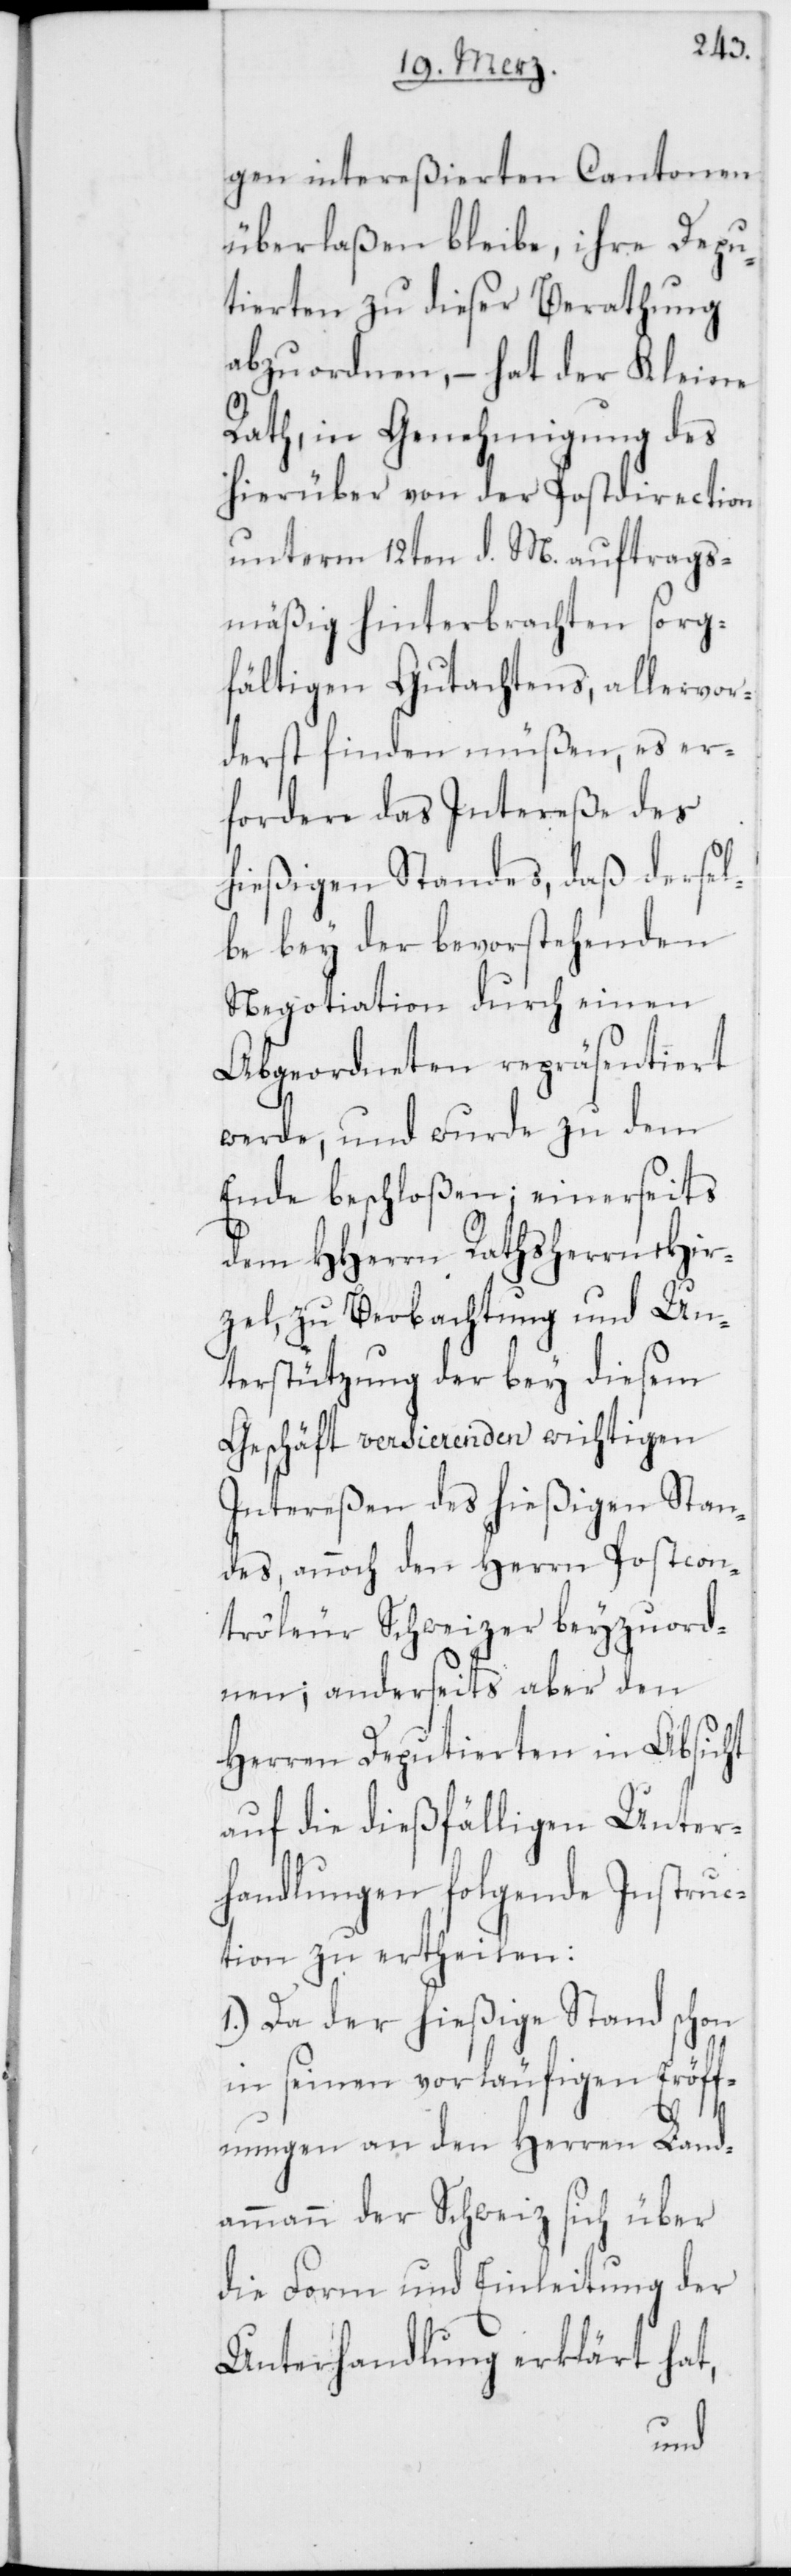
gen intereßierten Cantonen
überlaßen bleibe, ihre Depu¬
tierten zu dieser Berathung
abzuordnen, – hat der Kleine
Rath, in Genehmigung des
hierüber von der Postdirection
unterm 12ten d. M. auftrags¬
mäßig hinterbrachten sorg¬
fältigen Gutachtens, allervor¬
derst finden müßen, es er¬
fordere das Intereße des
hießigen Standes, daß dersel¬
be bey der bevorstehenden
Negotiation durch einen
Abgeordneten repräsentiert
werde, und wurde zu dem
Ende beschloßen, einerseits
dem HHerren Rathsherrn Hir¬
zel, zu Beobachtung und Un¬
terstützung der bey diesem
Geschäft versierenden wichtigen
Intereßen des hießigen Stan¬
des, annoch den Herrn Postcon¬
trôleur Schweizer beyzuord¬
nen; anderseits aber den
Herren Deputierten in Absicht
auf die dießfälligen Unter¬
handlungen folgende Instruc¬
tion zu ertheilen:
1.) Da der hießige Stand schon
in seinen vorläufigen Eröff¬
nungen an den Herren Land¬
ammann der Schweiz sich über
die Form und Einleitung der
Unterhandlung erklärt hat,